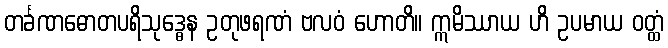
တင်္ခဏဓောတပရိသုဒ္ဓေန ဥတုဖရဏံ ဗလဝံ ဟောတိ။ ဣမိဿာယ ဟိ ဥပမာယ ဝတ္ထံ